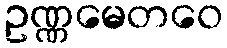
ဥဏ္ဏမေတဝေ